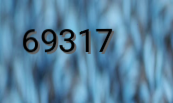
69317